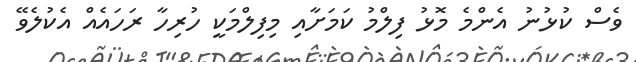
ވެސް ކުޅުނު އެންމެ މޮޅު ފިލްމު ކަމަށާއި މިފިލްމަކީ ހުރިހާ ރަހައެއް އެކުލެވޭ